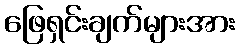
ဖြေရှင်းချက်များအား